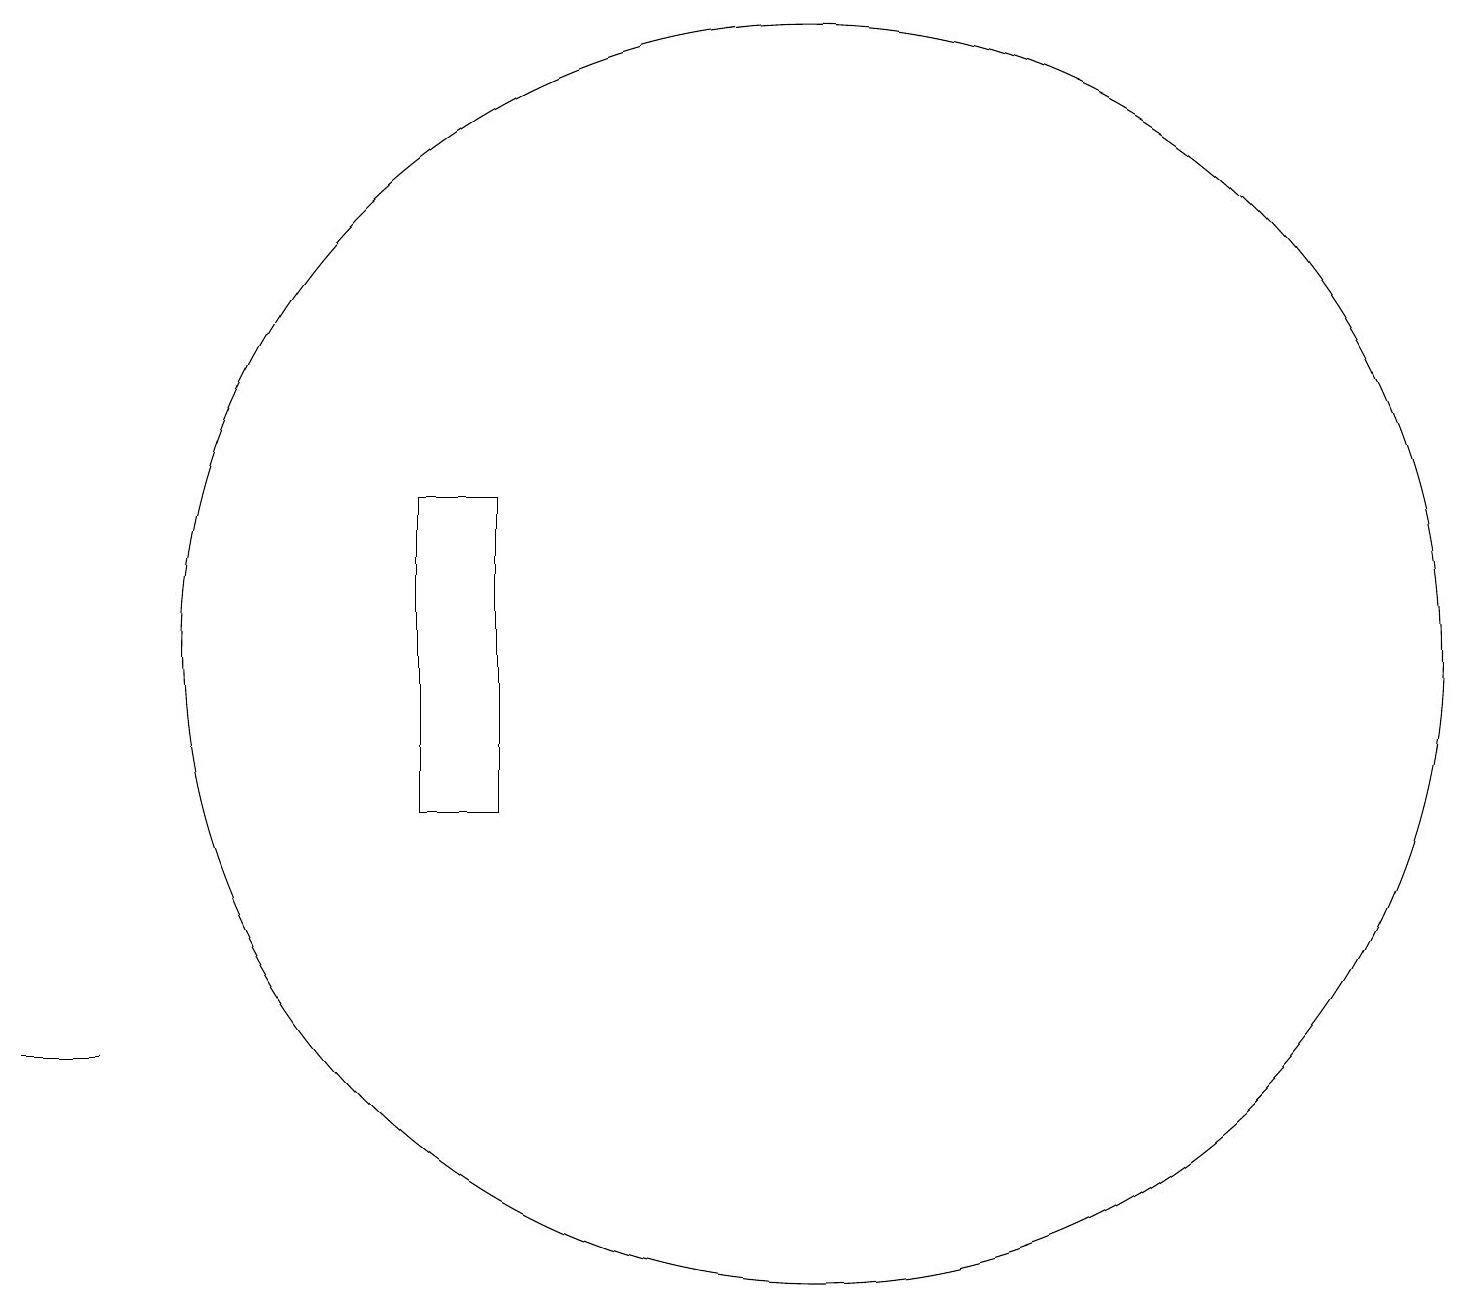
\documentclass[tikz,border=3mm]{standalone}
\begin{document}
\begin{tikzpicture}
\draw (10,12) circle (8);
\draw (6,14) rectangle (5,10);
\draw (1,7) -- (1,7) -- (0,7) -- cycle;
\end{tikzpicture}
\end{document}